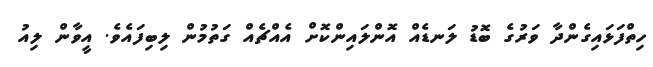
ހިތްފަޅައިގެންދާ ވަރުގެ ބޮޑު ލަނޑެއް އޮންލައިންކޮށް އެއްޗެއް ގަތުމުން ލިބިފައެވެ. އީވާން ލިއު